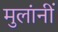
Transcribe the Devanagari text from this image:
मुलांनीं